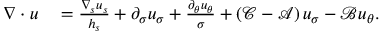
\begin{array} { r l } { \nabla \cdot u } & { { } = \frac { \nabla _ { s } u _ { s } } { h _ { s } } + \partial _ { \sigma } u _ { \sigma } + \frac { \partial _ { \theta } u _ { \theta } } { \sigma } + \left( \mathcal { C } - \mathcal { A } \right) u _ { \sigma } - \mathcal { B } u _ { \theta } . } \end{array}